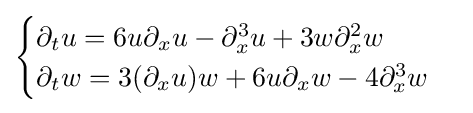
\displaystyle {\begin{cases}\partial _{t}u=6u\partial _{x}u-\partial _{x}^{3}u+3w\partial _{x}^{2}w\\\partial _{t}w=3(\partial _{x}u)w+6u\partial _{x}w-4\partial _{x}^{3}w\end{cases}}